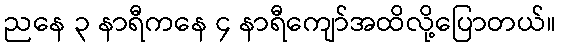
ညနေ ၃ နာရီကနေ ၄ နာရီကျော်အထိလို့ပြောတယ်။